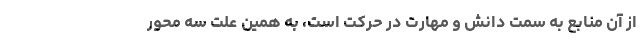
از آن منابع به سمت دانش و مهارت در حرکت است، به همین علت سه محور